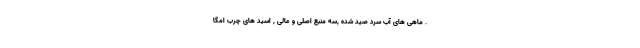
. ماهی های آب سرد صید شده ,سه منبع اصلی و عالی , اسید های چرب امگا